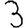
Digit: 3